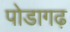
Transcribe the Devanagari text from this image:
पोडागढ़